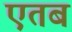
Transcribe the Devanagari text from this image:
एतब